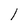
Character: l